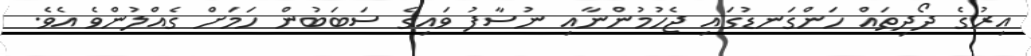
އިރުގެ ދޯދިތައް ހަންގަނޑުގައި ޖެހުމުންނާއި ނުސާފު ވައިގެ ސަބަބުން ހަމަށް ގެއްލުންވެ އެވެ.